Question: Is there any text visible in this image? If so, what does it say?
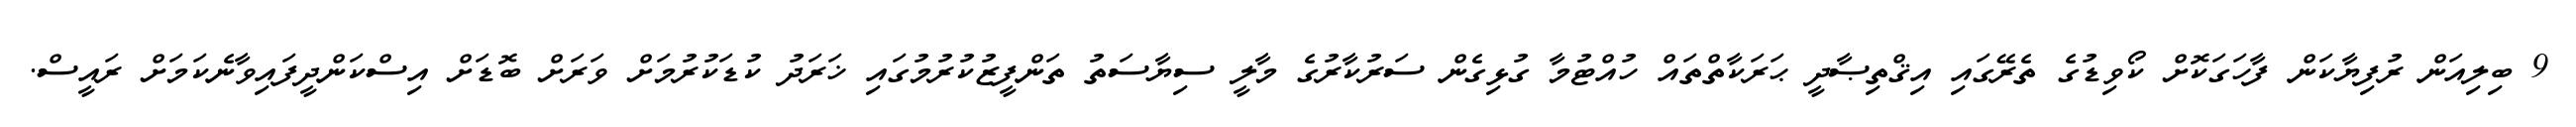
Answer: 9 ބިލިއަން ރުފިޔާކަން ފާހަގަކޮށް ކޯވިޑުގެ ތެރޭގައި އިޤްތިޞާދީ ޙަރަކާތްތައް ހުއްޓުމާ ގުޅިގެން ސަރުކާރުގެ މާލީ ސިޔާސަތު ތަންފީޒުކުރުމުގައި ޚަރަދު ކުޑަކުރުމަށް ވަރަށް ބޮޑަށް އިސްކަންދީފައިވާނެކަމަށް ރައީސް.